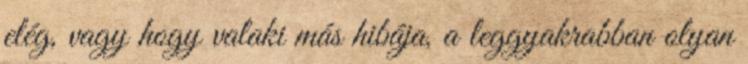
elég, vagy hogy valaki más hibája, a leggyakrabban olyan